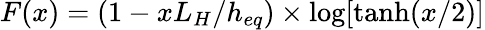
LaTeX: F(x)=(1-xL_{H}/h_{eq})\times\log[\operatorname{tanh}(x/2)]